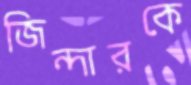
জিন্দারকে